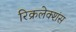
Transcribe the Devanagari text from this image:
रिक्रलेक्शंस